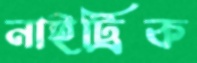
নাইট্রিক